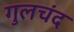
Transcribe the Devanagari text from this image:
गुलचंद